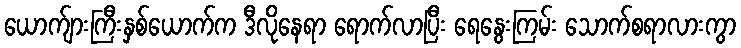
ယောက်ျားကြီးနှစ်ယောက်က ဒီလိုနေရာ ရောက်လာပြီး ရေနွေးကြမ်း သောက်စရာလားကွာ